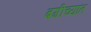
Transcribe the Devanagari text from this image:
बगीच्यांत